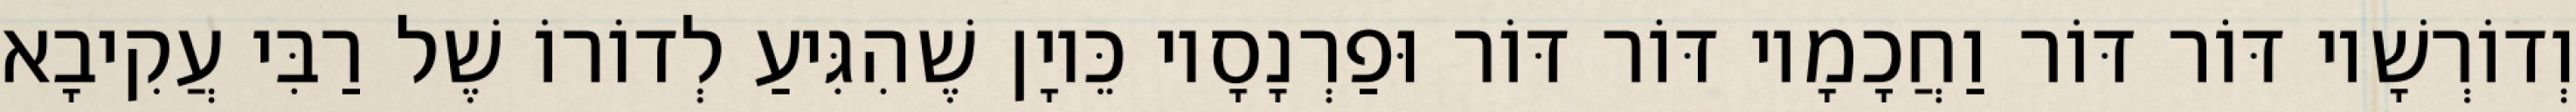
וְדוֹרְשָׁיו דּוֹר דּוֹר וַחֲכָמָיו דּוֹר דּוֹר וּפַרְנָסָיו כֵּיוָן שֶׁהִגִּיעַ לְדוֹרוֹ שֶׁל רַבִּי עֲקִיבָא